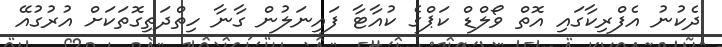
ދެކުނު އެފްރިކާގައި އޮތް ވޯލްޑް ކަޕްގެ ކުއާޓާ ފައިނަލުން ގާނާ ހިތްދަތިގޮތަކަށް އުރުގުއޭ